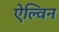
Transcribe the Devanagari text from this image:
ऐल्विन